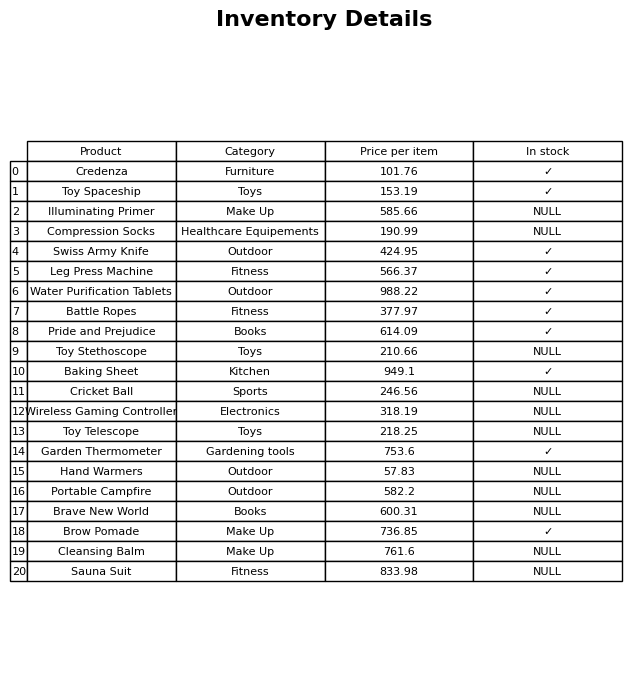
question: What is the stock status of the Toy Stethoscope?
answer: NULL